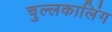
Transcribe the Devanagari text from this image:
चुल्लकालिंग